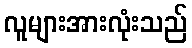
လူများအားလုံးသည်